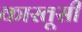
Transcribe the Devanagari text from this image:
कारतूसी